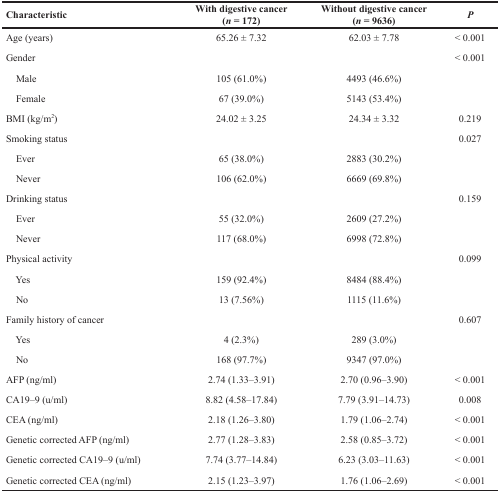
| Characteristic | With digestive cancer(n = 172) | Without digestive cancer(n = 9636) | P |
 | --- | --- | --- | --- |
 | Age (years) | 65.26 ± 7.32 | 62.03 ± 7.78 | < 0.001 |
 | Gender |  |  | < 0.001 |
 | Male | 105 (61.0%) | 4493 (46.6%) |  |
 | Female | 67 (39.0%) | 5143 (53.4%) |  |
 | BMI (kg/m2) | 24.02 ± 3.25 | 24.34 ± 3.32 | 0.219 |
 | Smoking status |  |  | 0.027 |
 | Ever | 65 (38.0%) | 2883 (30.2%) |  |
 | Never | 106 (62.0%) | 6669 (69.8%) |  |
 | Drinking status |  |  | 0.159 |
 | Ever | 55 (32.0%) | 2609 (27.2%) |  |
 | Never | 117 (68.0%) | 6998 (72.8%) |  |
 | Physical activity |  |  | 0.099 |
 | Yes | 159 (92.4%) | 8484 (88.4%) |  |
 | No | 13 (7.56%) | 1115 (11.6%) |  |
 | Family history of cancer |  |  | 0.607 |
 | Yes | 4 (2.3%) | 289 (3.0%) |  |
 | No | 168 (97.7%) | 9347 (97.0%) |  |
 | AFP (ng/ml) | 2.74 (1.33–3.91) | 2.70 (0.96–3.90) | < 0.001 |
 | CA19–9 (u/ml) | 8.82 (4.58–17.84) | 7.79 (3.91–14.73) | 0.008 |
 | CEA (ng/ml) | 2.18 (1.26–3.80) | 1.79 (1.06–2.74) | < 0.001 |
 | Genetic corrected AFP (ng/ml) | 2.77 (1.28–3.83) | 2.58 (0.85–3.72) | < 0.001 |
 | Genetic corrected CA19–9 (u/ml) | 7.74 (3.77–14.84) | 6.23 (3.03–11.63) | < 0.001 |
 | Genetic corrected CEA (ng/ml) | 2.15 (1.23–3.97) | 1.76 (1.06–2.69) | < 0.001 |